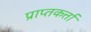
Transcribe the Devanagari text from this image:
प्राप्तकर्त्ता